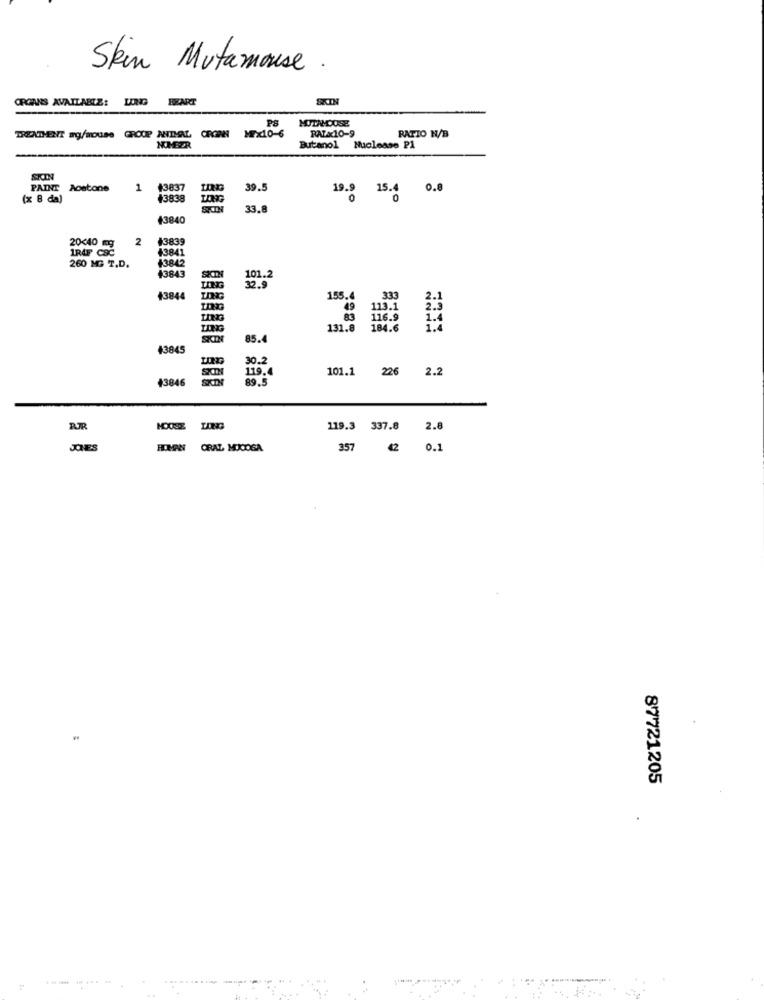
Skin Mutamouse .
ORGANS AVAILABLE: LONG
BEART
SKIN
MOTAMOUSE
PS
RAZx10-9
TREATHENT arg/mouse GROUP ANIMAL CROHN
MAX10-6
RATIO N/B
NUMBER
Butanol
Nuclease PA
SKIN
PAINT Acetone
1
+3837
39.5
19.9 15.4 0.8
(x 8 da)
+3838
33.8
+3840
2
43839
1RAF CSC
20<40 mg
+3841
260 MG T.D.
43842
43843
101.2
32.9
43844
155.4
333
2.1
49
113.1
2.5
83
116.9
1.4
LING
131.8
184.6
85.
43845
30.2
119.4
101.1
226
2.2
43846
89.5
RJR
MOOSE
119.3 337.8
2.8
JONES
HOMAN ORAZ MOICOSA
357
42
0.1
87721205